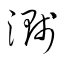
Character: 濺